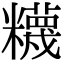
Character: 𥽘